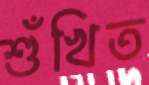
শুঁখিত